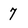
Character: 7